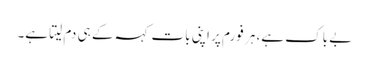
بے باک ہے، ہر فورم پر اپنی بات کہہ کے ہی دم لیتا ہے۔